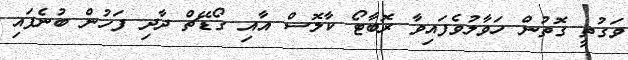
ވަގުތީ ގޮތުން ހަވާލުވެފައިވާ ރޮބާޓޯ ކާލޮސް އާއި ގޯޑޭޗް ދާދި ފަހުން ބުނެފައި